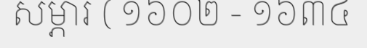
សម្ភារ ( ១៦០២ - ១៦៣៤